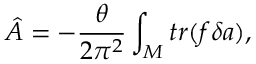
\hat { \cal A } = - \frac { \theta } { 2 \pi ^ { 2 } } \int _ { M } t r ( f \delta a ) ,